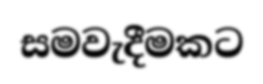
සමවැදීමකට